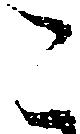
こ